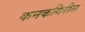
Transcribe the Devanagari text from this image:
कनकगिरीस